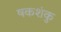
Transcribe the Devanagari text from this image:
षकशंकु